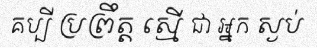
គប្បី ប្រព្រឹត្ត ស្មើ ជា ឣ្នក ស្ងប់